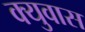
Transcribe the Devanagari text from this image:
क्युवास